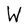
Character: W